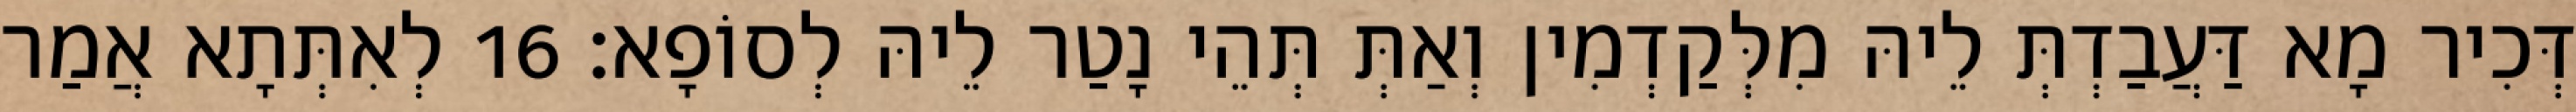
דְּכִיר מָא דַּעֲבַדְתְּ לֵיהּ מִלְּקַדְמִין וְאַתְּ תְּהֵי נָטַר לֵיהּ לְסוֹפָא׃ 16 לְאִתְּתָא אֲמַר